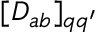
[ D _ { a b } ] _ { q q ^ { \prime } }